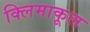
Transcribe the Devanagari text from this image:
क्लिमाकूल